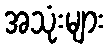
အသုံးများ